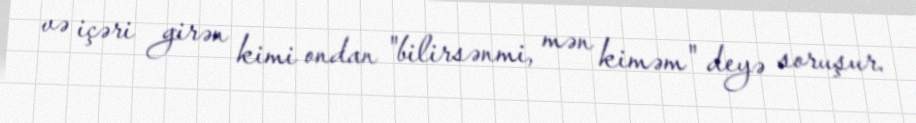
və içəri girən kimi ondan "bilirsənmi, mən kiməm" deyə soruşur.